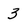
Character: 3